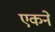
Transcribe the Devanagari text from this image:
एकने